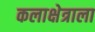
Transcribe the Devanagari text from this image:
कलाक्षेत्राला